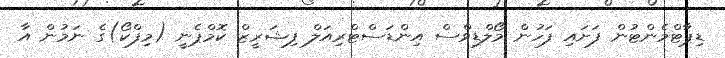
ޑިޕާޓްމެންޓުން ފަށައި ފަހުން މޯލްޑިވްސް އިންޑަސްޓްރިއަލް ފިޝަރީޒް ކޮމްޕެނީ (މިފްކޯ)ގެ ނަމުން އާ